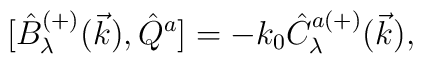
{[}\hat{B}^{(+)}_\lambda(\vec{k}),\hat{Q}^a]=-k_0 \hat{C}^{a(+)}_{\lambda}(\vec{k}),